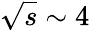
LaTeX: \sqrt{s}\sim 4